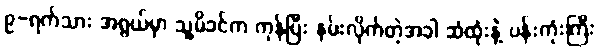
၉-ရက်သား အရွယ်မှာ သူ့မိခင်က ကုန်ပြီး နမ်းလိုက်တဲ့အခါ ဆံထုံးနဲ့ ပန်းကုံးကြီး